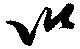
以